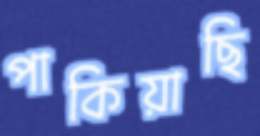
পাকিয়াছি